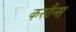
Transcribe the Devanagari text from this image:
कस्टैन्स